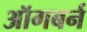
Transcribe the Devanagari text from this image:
ऑगबर्न